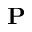
\mathbf { P }